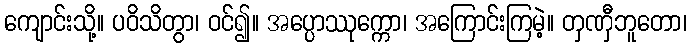
ကျောင်းသို့။ ပဝိသိတွာ၊ ဝင်၍။ အပ္ပောဿုက္ကော၊ အကြောင်းကြမဲ့။ တှဏှီဘူတော၊